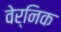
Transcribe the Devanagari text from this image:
वेर्निक